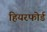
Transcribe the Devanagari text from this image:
हियरफोर्ड